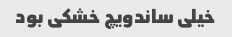
خیلی ساندویچ خشکی بود